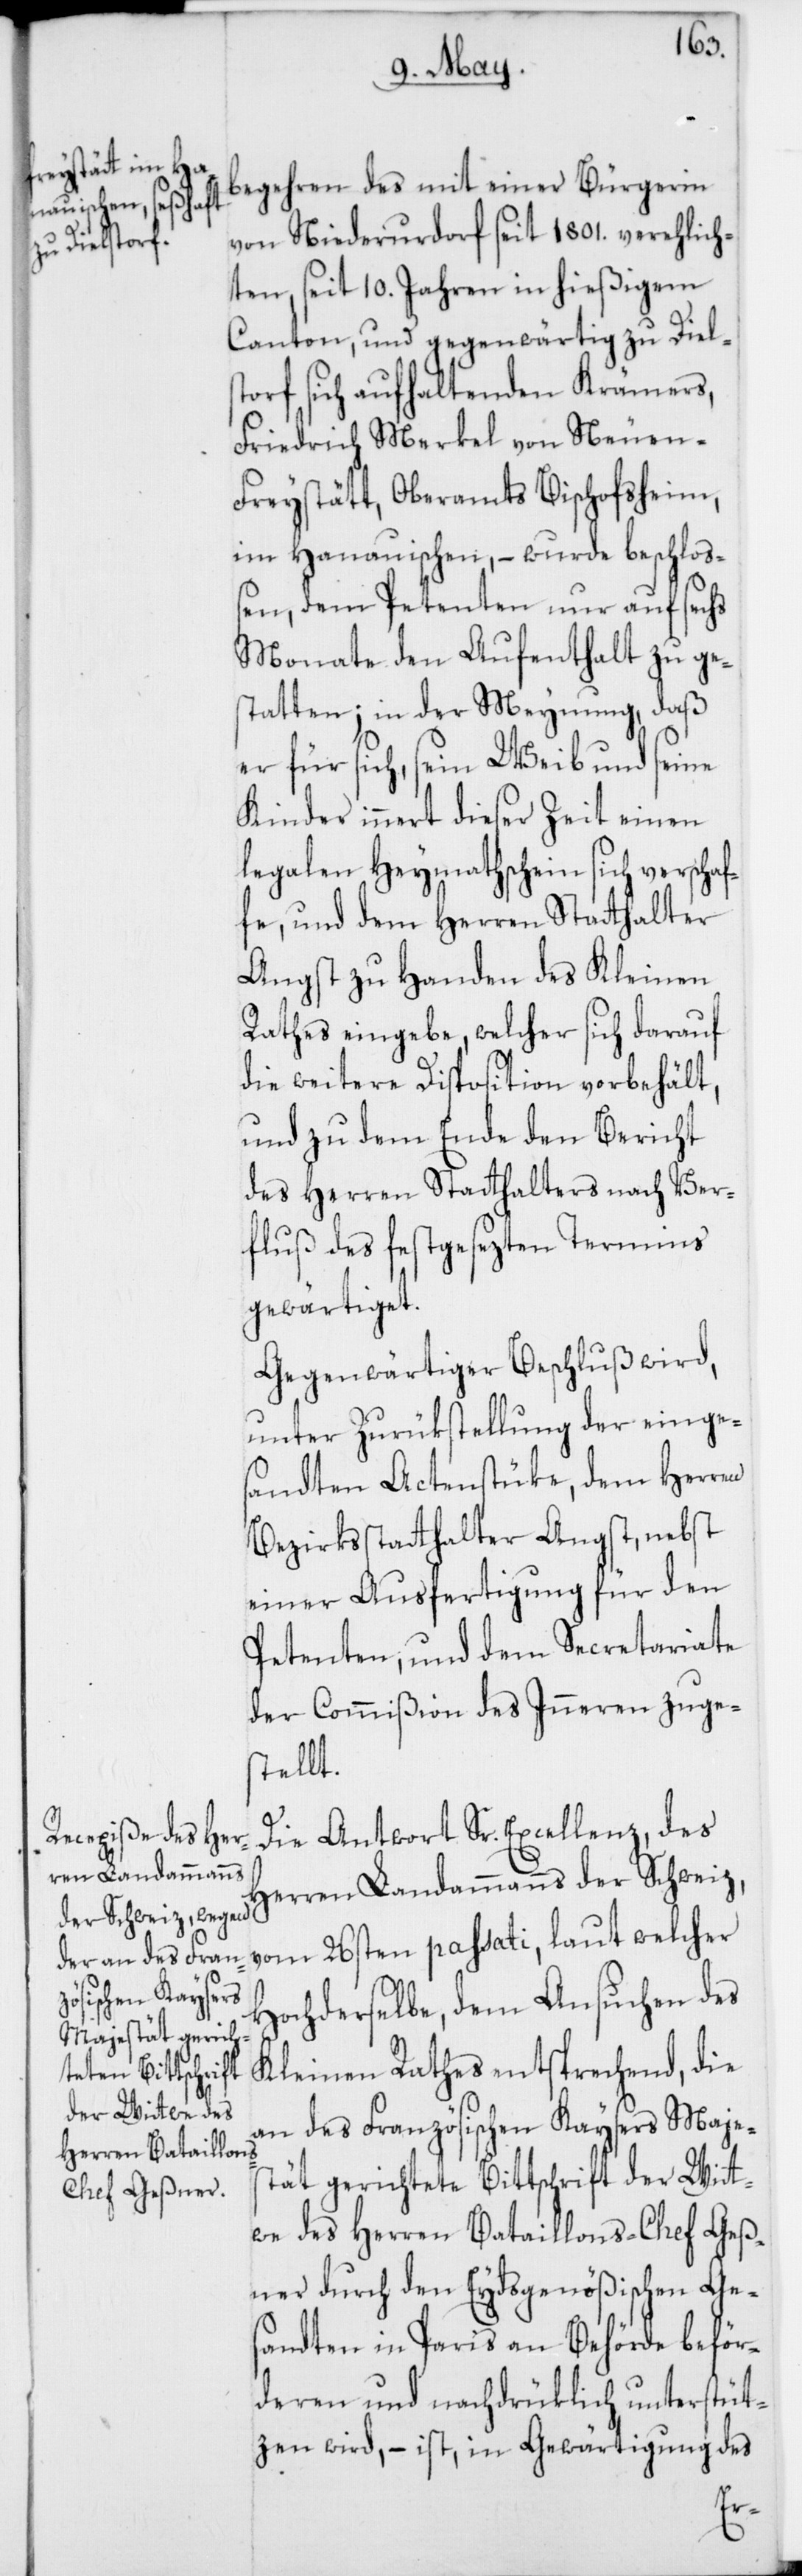
n-Freystätt

begehren des mit einer Bürgerin
von Niederurdorf seit 1801. verehelich¬
ten, seit 10. Jahren in hießigem
Canton, und gegenwärtig zu Diels¬
torf sich aufhaltenden Krämers,
Friedrich Merkel von Neue¬
im Hanauischen, – wurde beschloß¬
en, dem Petenten nur auf sechs
Monate den Aufenthalt zu ge¬
statten; in der Meynung, daß
er für sich, sein Weib und seine
Kinder innert dieser Zeit einen
legalen Heymathschein sich verschaf¬
fe, und dem Herren Stathalter
Angst zu Handen des Kleinen
Rathes eingebe, welcher sich darauf
die weitere Disposition vorbehält,
und zu dem Ende den Bericht
des Herren Stathalters nach Ver¬
fluß des festgesezten Termins
gewärtiget.
Gegenwärtiger Beschluß wird,
unter Zurükstellung der einges¬
andten Actenstücke, dem Herren
Bezirksstatthalter Angst, nebst
einer Ausfertigung für den
Petenten, und dem Secretariate
der Commißion des Inneren zuge¬
stellt.
Die Antwort Sr. Excellenz, des
Herren Landammanns der Schweiz,
vom 26sten passati, laut welcher
Hochderselbe dem Ansuchen des
Kleinen Rathes entsprechend, die
an des Französischen Kaysers Majes¬
tät gerichtete Bittschrift der Wit¬
we des Herren Bataillons-Chef Geß¬
ner durch den Eydsgenößischen Ge¬
sandten in Paris an Behörde beför¬
deren und nachdrüklich unterstüt¬
zen wird, – ist, in Gewärtigung des